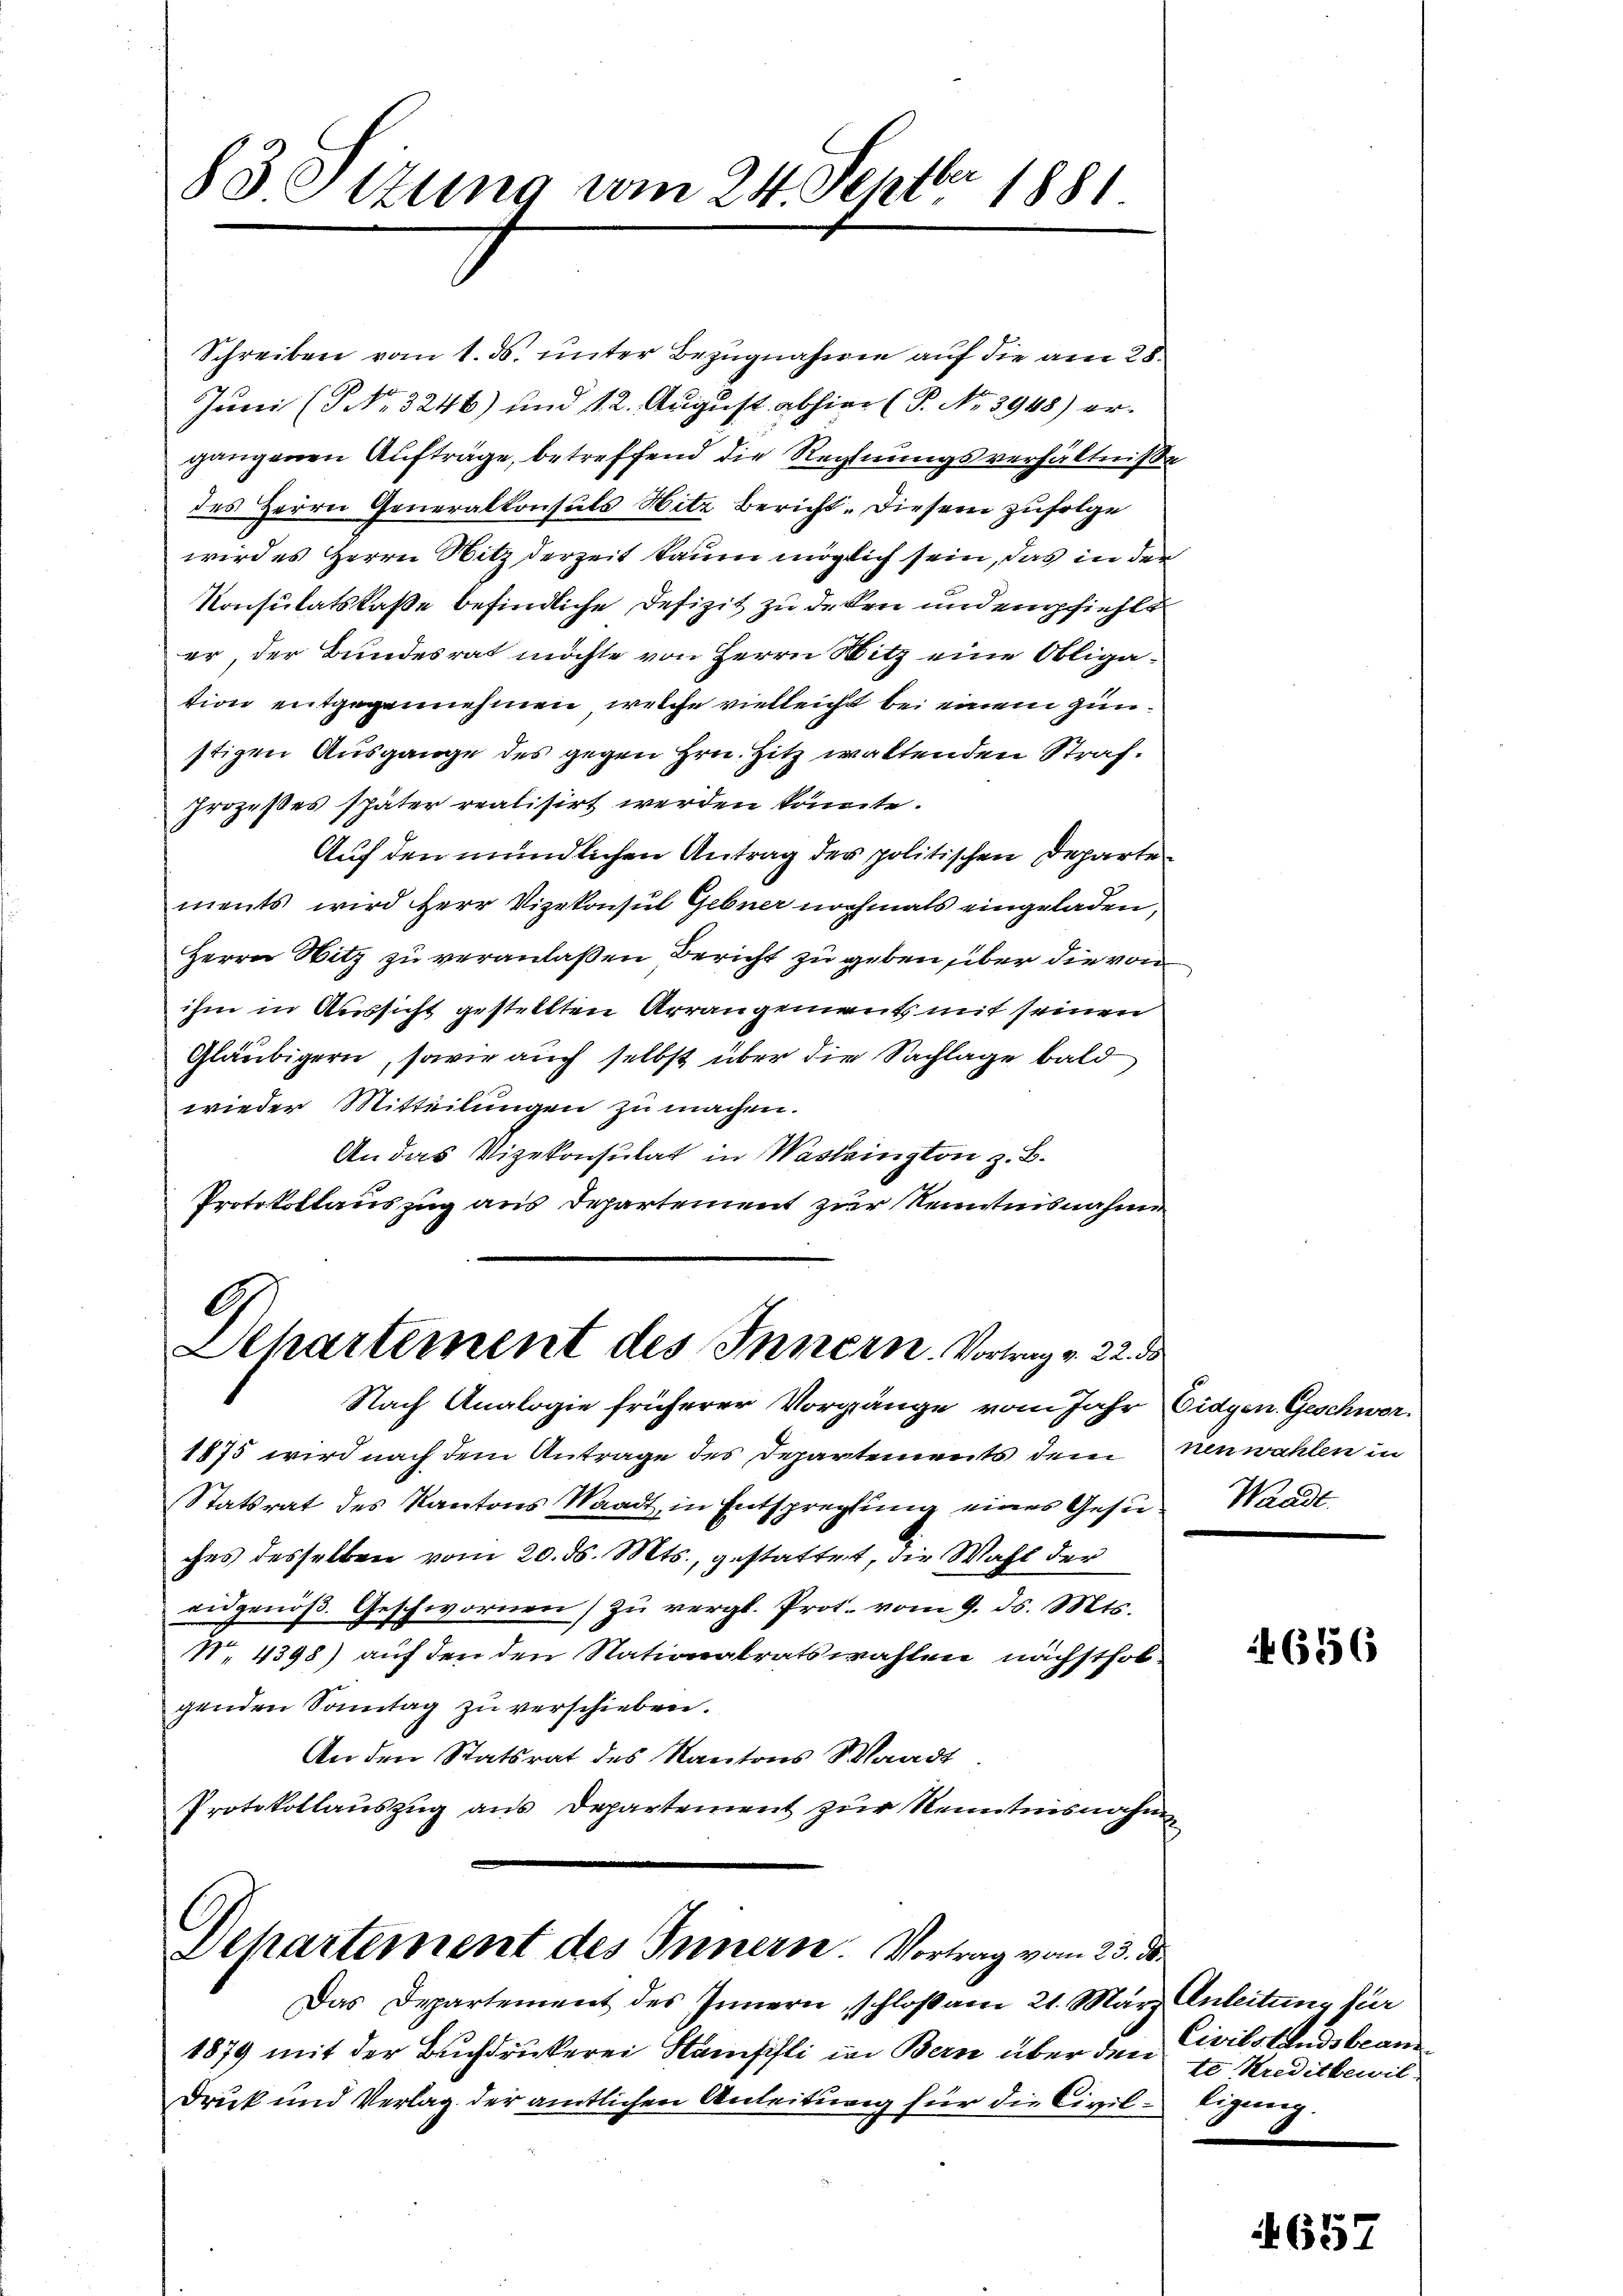
83. Sitzung vom 24. Septbr 1881

Schreiben vom 1. ds. unter Bezugnahme auf die am 28.
Juni (PNNo. 3246) und 12. August abhier (P. Nr. 3948) er-
gangenen Aufträge, betreffend die Rechnungsverhältnisse
des Herrn Generalkonsuls Hitz bericht. Diesem zufolge
wird es Herrn Sitz derzeit kaum möglich sein, das in der
Konsulatskasse befindliche Defizit zu deken und empfiehlt
er, der Bundesrat möchte von Herrn Witz eine Obligation entgegennehmen, welche vielleicht bei einem günstigen Ausgange des gegen Hrn. Hitz waltenden Strafprozeßes später realisirt werden könnte.
Auf den mündlichen Antrag der politischen Departe
ments, wird Herr Vizekonsul Gebner nochmals eingeladen,
Herrn Witz zu veranlaßen Bericht zu geben über die von
ihm in Aussicht gestellten Arrangemuth mit seinen
Gläubigern, sowie auch selbst über die Sachlage bald
wieder Mitteilungen zu machen.
An das Vizekonsulat in Washington z. B.
Protokollauszug aus Departement zur Kenntnisnahme
G
Dechartement des Innern. Vortrag v. 22. 58

Nach Analogie früherer Vorgänge vom Jahr Eidgen. Geschwer¬
1875 wird nach dem Antrage des Departements dem neuwahlen in
Statsrat des Kantons Waadt, in Entsprechung eines Gesie Waadt
ches desselben vom 20. ds. Mts., gestattet, die Wahl der
eidgenöβ. Geschwornen zŭ vergl. Prot. vom 9. ds. Mts.
N. 4398) auf den den Nationalratswahlen nächsthobgenden Sonntag zu verschieben.
An den Statsrat des Kantons Waadt
Protokollauszug aus Departement zur Kenntnisnahm

Dehartement des Innern. Vortrag vom 23. ds.

Das Departement des Innern, schloß am 21. März Anleitung für
1879 mit der Buchdruckerei Stampfli in Bern über den Civils Andsbean
Druck und Verlag der amtlichen Anleitung für die Civil-Eigung.

6656

te Kreditbewil-

657